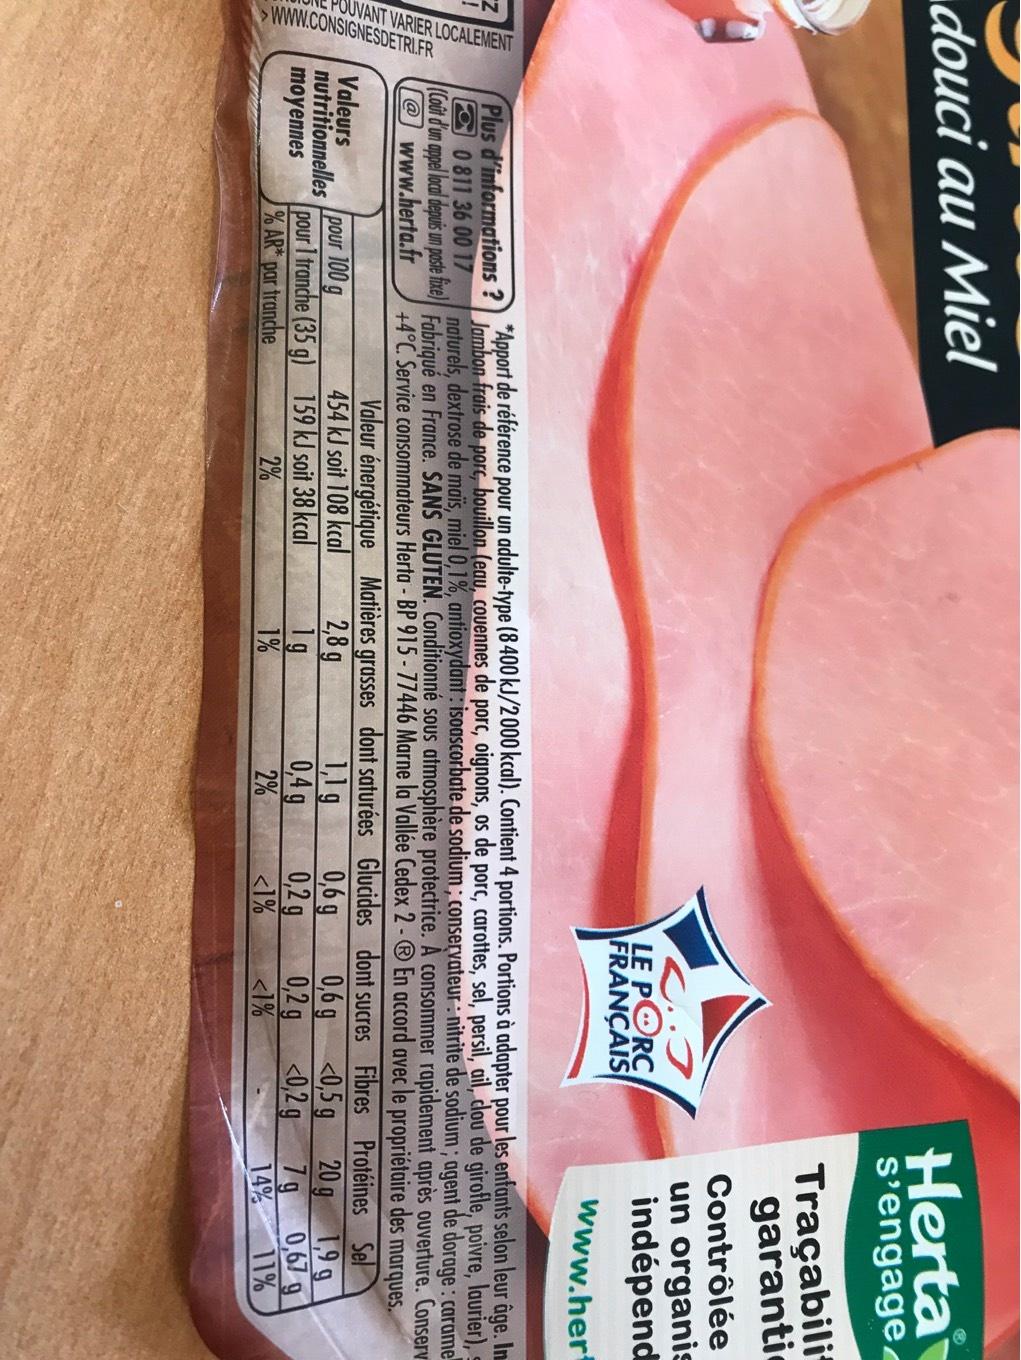
douci au Miel
OUVANT VARIER LOCALEMENT WWW.CONSIGNESDETRI.FR
0811 36 00 17
(Coût d'un appel local depuis un poste fixe) @www.herta.fr
Valeurs nutritionnelles moyennes
Plus d'informations? "Apport de référence pour un adulte-type (8400 kJ/2000 kcal). Contient 4 portions. Portions à adapter pour les enfants selon leur âge. In Jambon frais de porc, bouillon (eau, couennes de porc, oignons, os de porc, carottes, sel, persil, ail, clou de girofle, poivre, laurier), naturels, dextrose de maïs, miel 0,1%, antioxydant: isoascorbate de sodium; conservateur: nitrite de sodium; agent de dorage: carame Fabriqué en France. SANS GLUTEN. Conditionné sous atmosphère protectrice. A consommer rapidement après ouverture. Conserv +4°C. Service consommateurs Herta - BP 915-77446 Marne la Vallée Cedex 2 - ® En accord avec le propriétaire des marques.
Matières grasses dont saturées Glucides dont sucres
Fibres Protéines Sel
0,6 g
0,2 g
<1%
pour 100 g pour 1 tranche (35 g) % AR* par tranche
Valeur énergétique 454 kJ soit 108 kcal
159 kJ soit 38 kcal
2%
2,8 g
1g
1%
LE PORC
FRANÇAIS
1,1 g
0,4 g
2%
0,6 g
27
0,2 g
<1%
Herta
s'engage
<0,5 g
<0,2 g
Traçabili garanti
Contrôlée un organis indépend www.her
20 g 1,9g
7 g 0,67 g
14%
11%